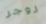
روجر